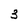
Character: 3